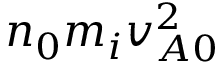
n _ { 0 } m _ { i } v _ { A 0 } ^ { 2 }